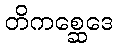
တိကစ္ဆေဒေ